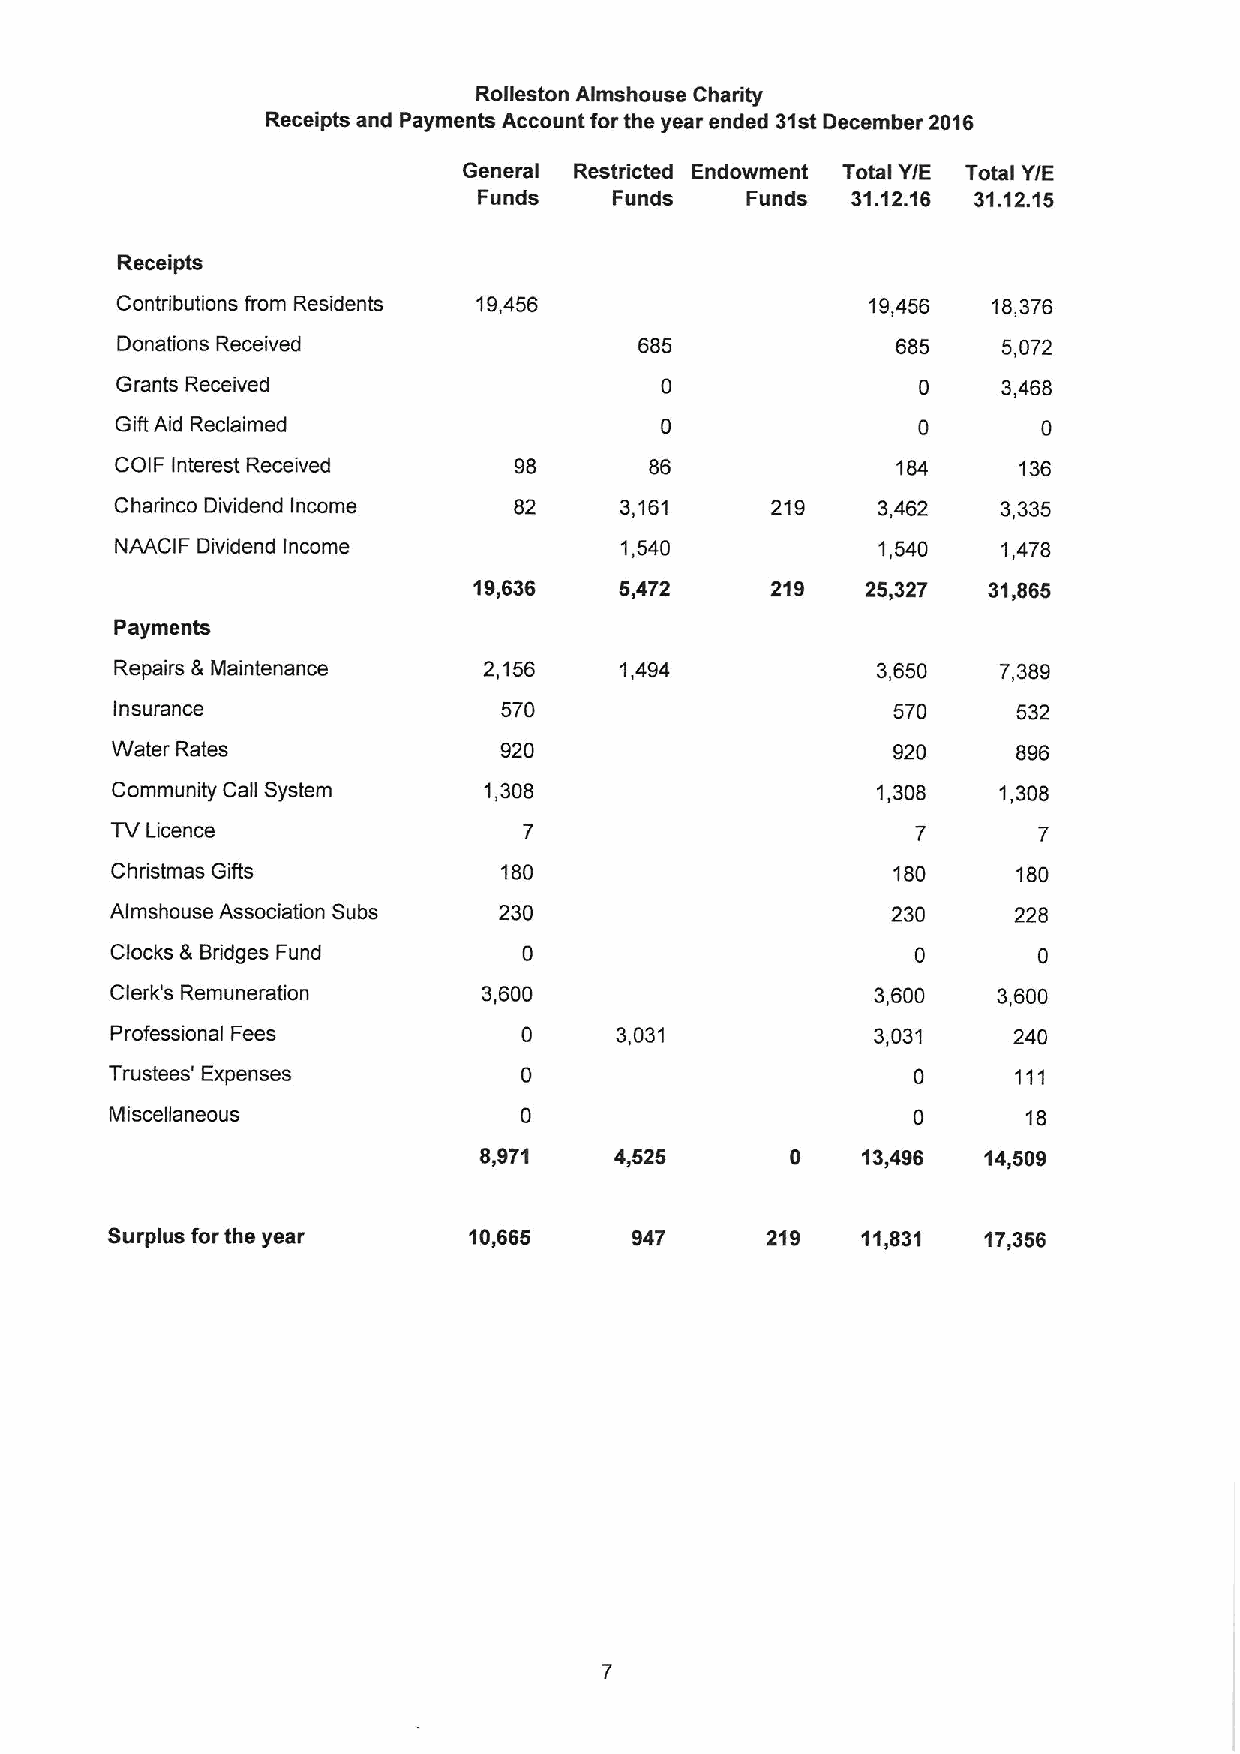
Rolleston Almshouse Charity
 Receipts and Payments Account for the year ended 31stDecember 2016
 General Restricted Endowment Total YIE Total Y/E
 Funds    Funds   Funds  31.12.16 31.12.15
 Receipts
 Contributions from Residents 19,456               19,456  18,376
 Donations Received                685              685    5,072
 Grants Received                                      0    3,468
 Gift Aid Reclaimed                                   0       0
 COIF Interest Received    98       86              184     136
 Charinco Dividend Income  82     3,161     219    3,462   3,335
 NAACIF Dividend Income           1,540            1,540   1,478
 19,636    5,472     219   25,327  31,865
 Payments
 Repairs 8 Maintenance   2,156    1,494            3,650   7,389
 Insurance                 570                       570     532
 Water Rates               920                       920     896
 Community Call System    1,308                     1,308   1,308
 TV Licence
 Christmas Gifts           180                       180     180
 Almshouse Association Subs 230                      230     228
 Clocks &Bridges Fund                                  0       0
 Clerk's Remuneration     3,600                     3,600   3,600
 Professional Fees                 3,031            3,031    240
 Trustees' Expenses                                   0      111
 Miscellaneous                                        0       18
 8,971    4,525      0    13,496  14,509
 Surplus for the year    10,665     947      219   11,831  17,356